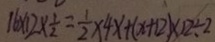
1 6 \times 1 2 \times \frac { 1 } { 2 } = \frac { 1 } { 2 } \times 4 x + ( x + 1 2 ) \times 1 2 \div 2